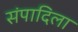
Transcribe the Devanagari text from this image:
संपादिला